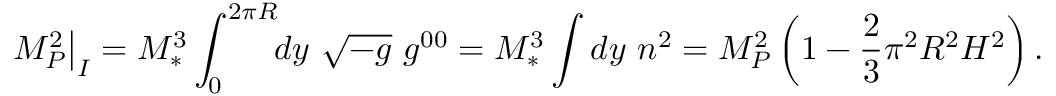
\left. M _ { P } ^ { 2 } \right| _ { I } = M _ { * } ^ { 3 } \int _ { 0 } ^ { 2 \pi R } \! \! d y \ \sqrt { - g } \ g ^ { 0 0 } = M _ { * } ^ { 3 } \int d y \ n ^ { 2 } = M _ { P } ^ { 2 } \left( 1 - \frac { 2 } { 3 } \pi ^ { 2 } R ^ { 2 } H ^ { 2 } \right) .